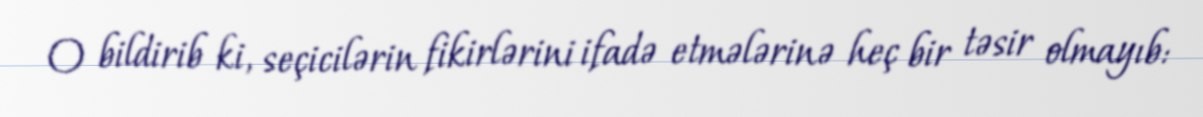
O bildirib ki, seçicilərin fikirlərini ifadə etmələrinə heç bir təsir olmayıb: